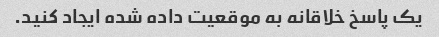
یک پاسخ خلاقانه به موقعیت داده شده ایجاد کنید.